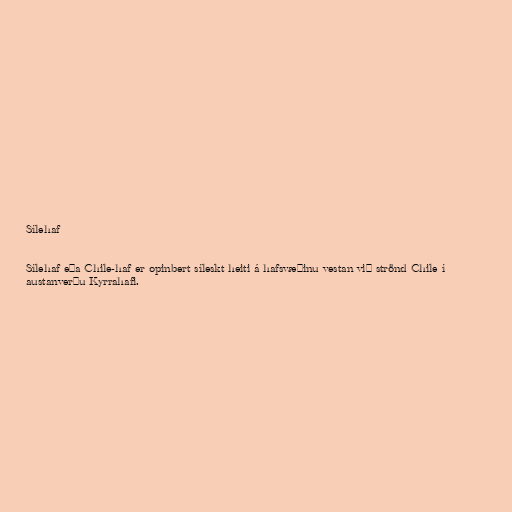
Sílehaf

Sílehaf eða Chile-haf er opinbert síleskt heiti á hafsvæðinu vestan við strönd Chile í
austanverðu Kyrrahafi.